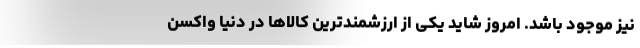
نیز موجود باشد. امروز شاید یکی از ارزشمندترین کالاها در دنیا واکسن